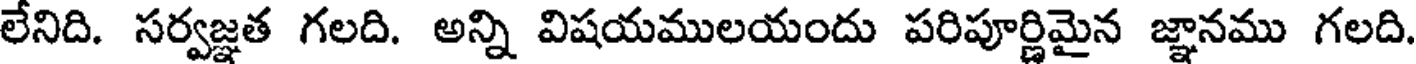
లేనిది. సర్వజ్ఞత గలది. అన్ని విషయములయందు పరిపూర్ణిమైన జ్ఞానము గలది